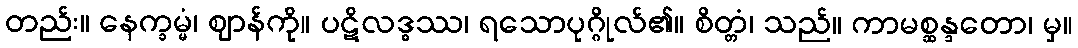
တည်း။ နေက္ခမ္မံ၊ ဈာန်ကို။ ပဋိလဒ္ဓဿ၊ ရသောပုဂ္ဂိုလ်၏။ စိတ္တံ၊ သည်။ ကာမစ္ဆန္ဒတော၊ မှ။